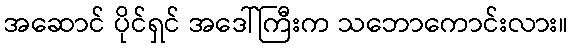
အဆောင် ပိုင်ရှင် အဒေါ်ကြီးက သဘောကောင်းလား။